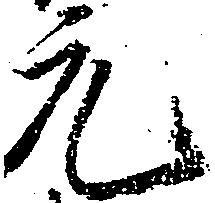
元